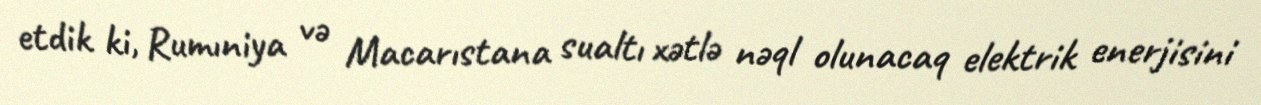
etdik ki, Rumıniya və Macarıstana sualtı xətlə nəql olunacaq elektrik enerjisini